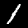
Digit: 1